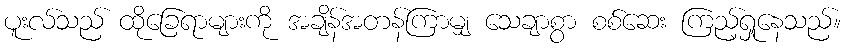
ပူးလ်သည် ထိုခြေရာများကို အချိန်အတန်ကြာမျှ သေချာစွာ စစ်ဆေး ကြည့်ရှုနေသည်။